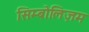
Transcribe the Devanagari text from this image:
सिम्बोलिज़म